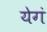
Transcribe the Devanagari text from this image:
येगं